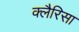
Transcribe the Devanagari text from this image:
क्लैरिसा